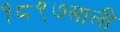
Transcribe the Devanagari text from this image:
१८९७साली